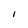
Character: I